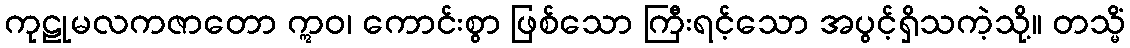
ကုဠုမလကဇာတော ဣဝ၊ ကောင်းစွာ ဖြစ်သော ကြီးရင့်သော အပွင့်ရှိသကဲ့သို့။ တသ္မိံ